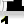
Digit: 1